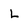
Character: L